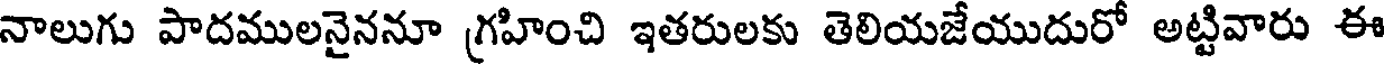
నాలుగు పాదములనైననూ గ్రహించి ఇతరులకు తెలియజేయుదురో అట్టివారు ఈ